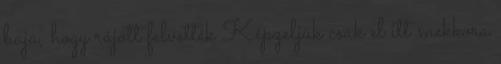
baja, hogy rájött felvették Képzeljük csak el itt mekkora